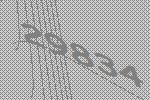
29834